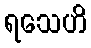
ရသေဟိ